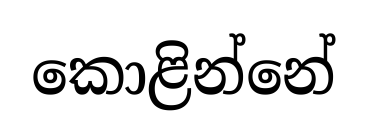
කොළින්නේ